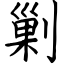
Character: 剿